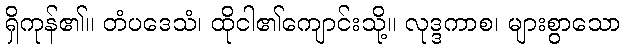
ရှိကုန်၏။ တံပဒေသံ၊ ထိုငါ၏ကျောင်းသို့။ လုဒ္ဒကာစ၊ များစွာသော